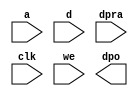
module qspi_data_info_64_mem(
  a,
  d,
  dpra,
  clk,
  we,
  dpo
);

input [5 : 0] a;
input [63 : 0] d;
input [5 : 0] dpra;
input clk;
input we;
output [63 : 0] dpo;

// synthesis translate_off

  DIST_MEM_GEN_V7_2 #(
    .C_ADDR_WIDTH(6),
    .C_DEFAULT_DATA("0"),
    .C_DEPTH(64),
    .C_FAMILY("spartan6"),
    .C_HAS_CLK(1),
    .C_HAS_D(1),
    .C_HAS_DPO(1),
    .C_HAS_DPRA(1),
    .C_HAS_I_CE(0),
    .C_HAS_QDPO(0),
    .C_HAS_QDPO_CE(0),
    .C_HAS_QDPO_CLK(0),
    .C_HAS_QDPO_RST(0),
    .C_HAS_QDPO_SRST(0),
    .C_HAS_QSPO(0),
    .C_HAS_QSPO_CE(0),
    .C_HAS_QSPO_RST(0),
    .C_HAS_QSPO_SRST(0),
    .C_HAS_SPO(0),
    .C_HAS_SPRA(0),
    .C_HAS_WE(1),
    .C_MEM_INIT_FILE("no_coe_file_loaded"),
    .C_MEM_TYPE(4),
    .C_PARSER_TYPE(1),
    .C_PIPELINE_STAGES(0),
    .C_QCE_JOINED(0),
    .C_QUALIFY_WE(0),
    .C_READ_MIF(0),
    .C_REG_A_D_INPUTS(0),
    .C_REG_DPRA_INPUT(0),
    .C_SYNC_ENABLE(1),
    .C_WIDTH(64)
  )
  inst (
    .A(a),
    .D(d),
    .DPRA(dpra),
    .CLK(clk),
    .WE(we),
    .DPO(dpo),
    .SPRA(),
    .I_CE(),
    .QSPO_CE(),
    .QDPO_CE(),
    .QDPO_CLK(),
    .QSPO_RST(),
    .QDPO_RST(),
    .QSPO_SRST(),
    .QDPO_SRST(),
    .SPO(),
    .QSPO(),
    .QDPO()
  );

// synthesis translate_on

endmodule